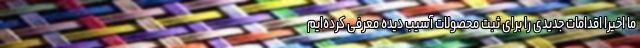
ما اخیرا اقدامات جدیدی را برای ثبت محصولات آسیب دیده معرفی کرده‌ایم